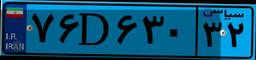
۱۴D۹۴۶۰۱